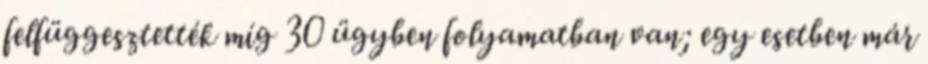
felfüggesztették míg 30 ügyben folyamatban van; egy esetben már